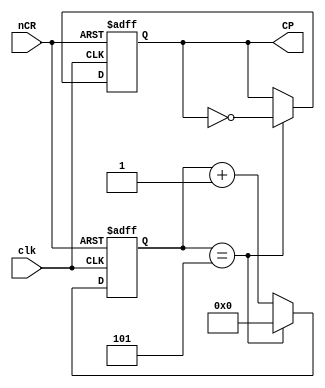
module dac_clk(clk,CP,nCR);
input clk;
input nCR;
output CP;

parameter cycle=5;
reg CP;
reg [4:0]cnt;

always@(posedge clk or negedge nCR)
begin
	if(~nCR)
	{cnt,CP}<=0;
	else if(cnt==5)
	begin
		cnt<=0;
		CP<=~CP;
	end
	else 
		cnt<=cnt+1'b1;
end

endmodule